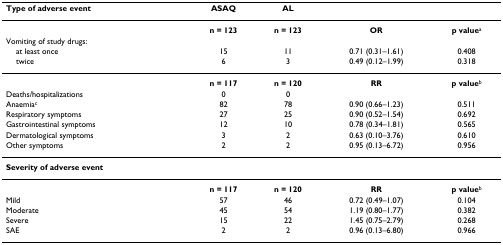
<table><thead><tr><td><b>Type of adverse event</b></td><td><b>ASAQ</b></td><td><b>AL</b></td><td></td><td></td></tr></thead><tbody><tr><td></td><td><b>n = 123</b></td><td><b>n = 123</b></td><td><b>OR</b></td><td><b>p value</b><sup>a</sup></td></tr><tr><td>Vomiting of study drugs:</td><td></td><td></td><td></td><td></td></tr><tr><td> at least once</td><td>15</td><td>11</td><td>0.71 (0.31–1.61)</td><td>0.408</td></tr><tr><td> twice</td><td>6</td><td>3</td><td>0.49 (0.12–1.99)</td><td>0.318</td></tr><tr><td></td><td><b>n = 117</b></td><td><b>n = 120</b></td><td><b>RR</b></td><td><b>p value</b><sup>b</sup></td></tr><tr><td>Deaths/hospitalizations</td><td>0</td><td>0</td><td></td><td></td></tr><tr><td>Anaemia<sup>c</sup></td><td>82</td><td>78</td><td>0.90 (0.66–1.23)</td><td>0.511</td></tr><tr><td>Respiratory symptoms</td><td>27</td><td>25</td><td>0.90 (0.52–1.54)</td><td>0.692</td></tr><tr><td>Gastrointestinal symptoms</td><td>12</td><td>10</td><td>0.78 (0.34–1.81)</td><td>0.565</td></tr><tr><td>Dermatological symptoms</td><td>3</td><td>2</td><td>0.63 (0.10–3.76)</td><td>0.610</td></tr><tr><td>Other symptoms</td><td>2</td><td>2</td><td>0.95 (0.13–6.72)</td><td>0.956</td></tr><tr><td><b>Severity of adverse event</b></td><td></td><td></td><td></td><td></td></tr><tr><td></td><td><b>n = 117</b></td><td><b>n = 120</b></td><td><b>RR</b></td><td><b>p value</b><sup>b</sup></td></tr><tr><td>Mild</td><td>57</td><td>46</td><td>0.72 (0.49–1.07)</td><td>0.104</td></tr><tr><td>Moderate</td><td>45</td><td>54</td><td>1.19 (0.80–1.77)</td><td>0.382</td></tr><tr><td>Severe</td><td>15</td><td>22</td><td>1.45 (0.75–2.79)</td><td>0.268</td></tr><tr><td>SAE</td><td>2</td><td>2</td><td>0.96 (0.13–6.80)</td><td>0.966</td></tr></tbody></table>